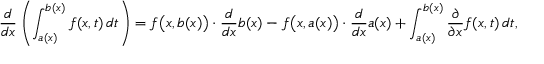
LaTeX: { \frac { d } { d x } } \left( \int _ { a ( x ) } ^ { b ( x ) } f ( x , t ) \, d t \right) = f { \big ( } x , b ( x ) { \big ) } \cdot { \frac { d } { d x } } b ( x ) - f { \big ( } x , a ( x ) { \big ) } \cdot { \frac { d } { d x } } a ( x ) + \int _ { a ( x ) } ^ { b ( x ) } { \frac { \partial } { \partial x } } f ( x , t ) \, d t ,